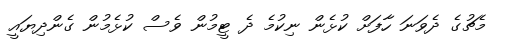
މެޗުގެ ދެވަނަ ހާފަށް ކުޅެން ނިކުމެ ދެ ޓީމުން ވެސް ކުޅެމުން ގެންދިޔައީ